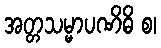
အတ္တသမ္မာပဏိဓိ စ၊